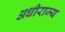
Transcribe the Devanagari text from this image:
अधीराज्य